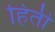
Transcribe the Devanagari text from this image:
हिती